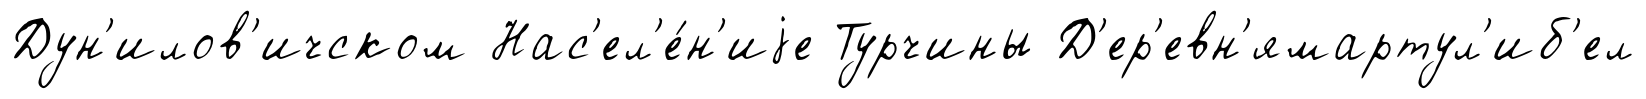
Дун'илов'ичском Нас'ел'е́н'иjе Турчины Д'ер'евн'ямартул'иб'ел